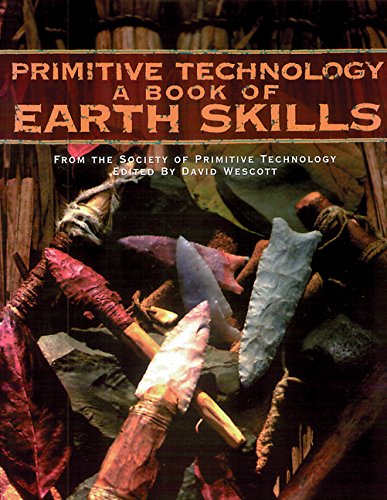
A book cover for Primitive Technology: A Book of Earth Skills; Science & Math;